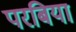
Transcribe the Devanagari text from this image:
परबिया